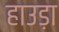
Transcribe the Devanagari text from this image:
हाउड़ा